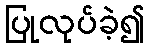
ပြုလုပ်ခဲ့၍